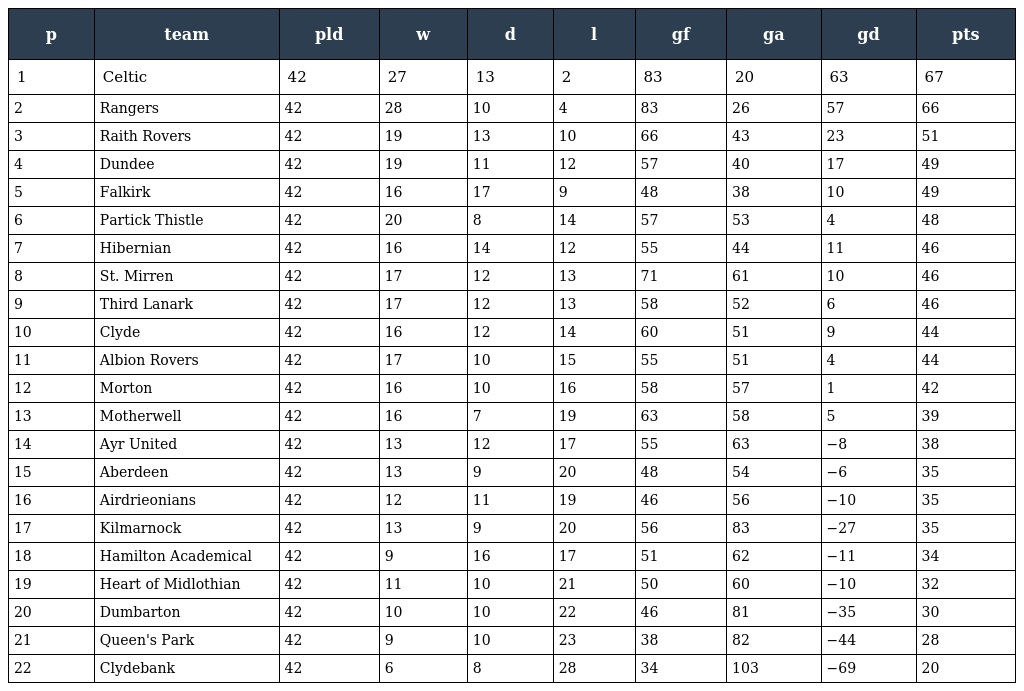
| p | team | pld | w | d | l | gf | ga | gd | pts |
 | --- | --- | --- | --- | --- | --- | --- | --- | --- | --- |
 | 1 | Celtic | 42 | 27 | 13 | 2 | 83 | 20 | 63 | 67 |
 | 2 | Rangers | 42 | 28 | 10 | 4 | 83 | 26 | 57 | 66 |
 | 3 | Raith Rovers | 42 | 19 | 13 | 10 | 66 | 43 | 23 | 51 |
 | 4 | Dundee | 42 | 19 | 11 | 12 | 57 | 40 | 17 | 49 |
 | 5 | Falkirk | 42 | 16 | 17 | 9 | 48 | 38 | 10 | 49 |
 | 6 | Partick Thistle | 42 | 20 | 8 | 14 | 57 | 53 | 4 | 48 |
 | 7 | Hibernian | 42 | 16 | 14 | 12 | 55 | 44 | 11 | 46 |
 | 8 | St. Mirren | 42 | 17 | 12 | 13 | 71 | 61 | 10 | 46 |
 | 9 | Third Lanark | 42 | 17 | 12 | 13 | 58 | 52 | 6 | 46 |
 | 10 | Clyde | 42 | 16 | 12 | 14 | 60 | 51 | 9 | 44 |
 | 11 | Albion Rovers | 42 | 17 | 10 | 15 | 55 | 51 | 4 | 44 |
 | 12 | Morton | 42 | 16 | 10 | 16 | 58 | 57 | 1 | 42 |
 | 13 | Motherwell | 42 | 16 | 7 | 19 | 63 | 58 | 5 | 39 |
 | 14 | Ayr United | 42 | 13 | 12 | 17 | 55 | 63 | −8 | 38 |
 | 15 | Aberdeen | 42 | 13 | 9 | 20 | 48 | 54 | −6 | 35 |
 | 16 | Airdrieonians | 42 | 12 | 11 | 19 | 46 | 56 | −10 | 35 |
 | 17 | Kilmarnock | 42 | 13 | 9 | 20 | 56 | 83 | −27 | 35 |
 | 18 | Hamilton Academical | 42 | 9 | 16 | 17 | 51 | 62 | −11 | 34 |
 | 19 | Heart of Midlothian | 42 | 11 | 10 | 21 | 50 | 60 | −10 | 32 |
 | 20 | Dumbarton | 42 | 10 | 10 | 22 | 46 | 81 | −35 | 30 |
 | 21 | Queen's Park | 42 | 9 | 10 | 23 | 38 | 82 | −44 | 28 |
 | 22 | Clydebank | 42 | 6 | 8 | 28 | 34 | 103 | −69 | 20 |